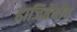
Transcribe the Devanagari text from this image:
हाजिबेयोव